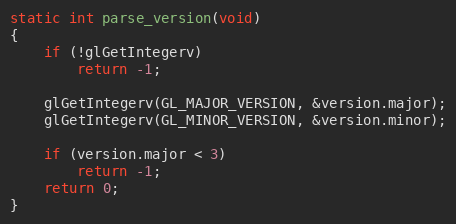
Language: C
static int parse_version(void)
{
	if (!glGetIntegerv)
		return -1;

	glGetIntegerv(GL_MAJOR_VERSION, &version.major);
	glGetIntegerv(GL_MINOR_VERSION, &version.minor);

	if (version.major < 3)
		return -1;
	return 0;
}